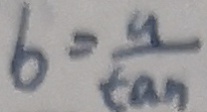
6 = \frac { a } { \tan }